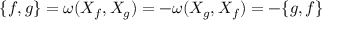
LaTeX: \{ f , g \} = \omega ( X _ { f } , X _ { g } ) = - \omega ( X _ { g } , X _ { f } ) = - \{ g , f \}